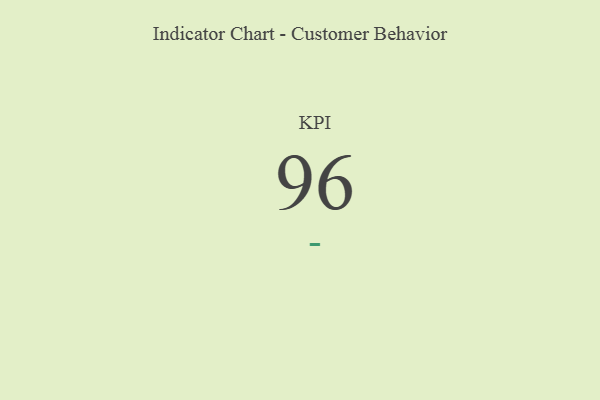
{"axis": {"x": "KPI", "y": "Value"}, "legend": [""], "data": [{"x": "KPI", "y": 96, "type": ""}]}